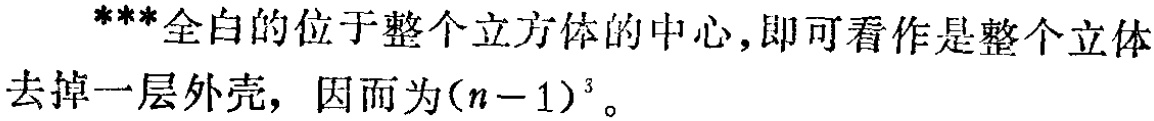
***全白的位于整个立方体的中心,即可看作是整个立体去掉一层外壳，因而为\((n - 1)^3\)。